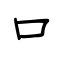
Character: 口